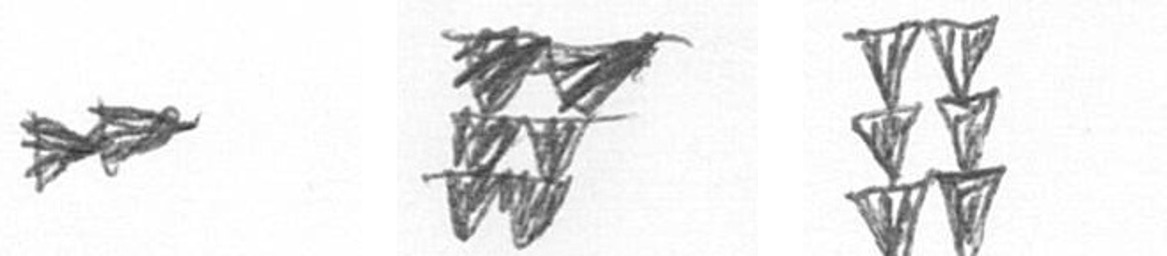
A Y Y